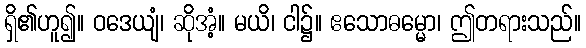
ရှိ၏ဟူ၍။ ဝဒေယျံ၊ ဆိုအံ့။ မယိ၊ ငါ၌။ ဧသောဓမ္မော၊ ဤတရားသည်။